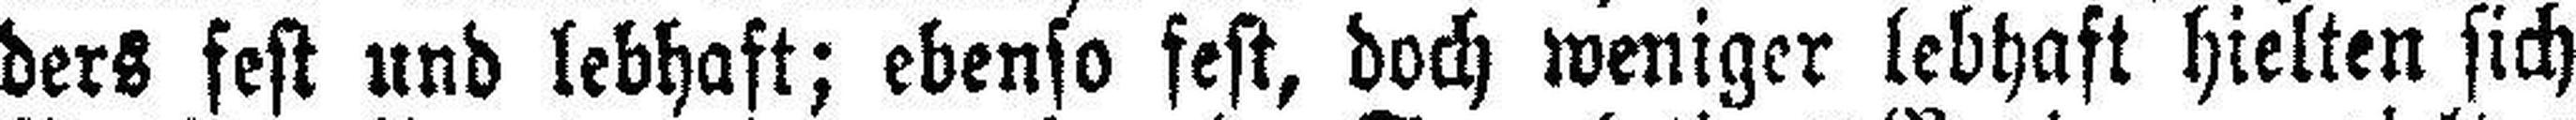
ders fest und lebhaft; ebenso fest, doch weniger lebhaft hielten sich